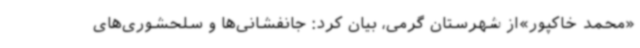
«محمد خاکپور»از شهرستان گرمی، بیان کرد: جانفشانی‌ها و سلحشوری‌های